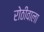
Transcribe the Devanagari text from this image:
रोठीवाला